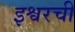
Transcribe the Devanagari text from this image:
इश्वरची